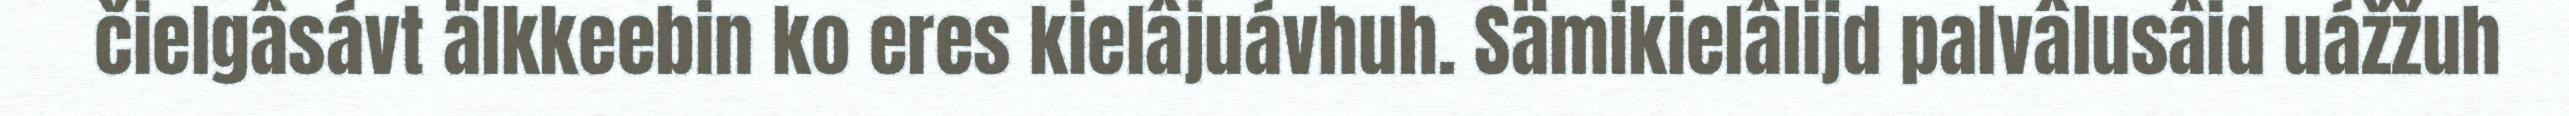
čielgâsávt älkkeebin ko eres kielâjuávhuh. Sämikielâlijd palvâlusâid uážžuh